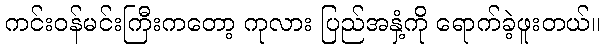
ကင်းဝန်မင်းကြီးကတော့ ကုလား ပြည်အနှံ့ကို ရောက်ခဲ့ဖူးတယ်။